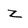
Character: z